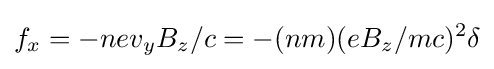
f_{x}=-nev_{y}B_{z}/c=-(nm)(eB_{z}/mc)^{2}\delta